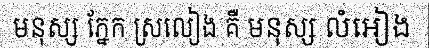
មនុស្ស ភ្នែក ស្រលៀង គឺ មនុស្ស លំអៀង